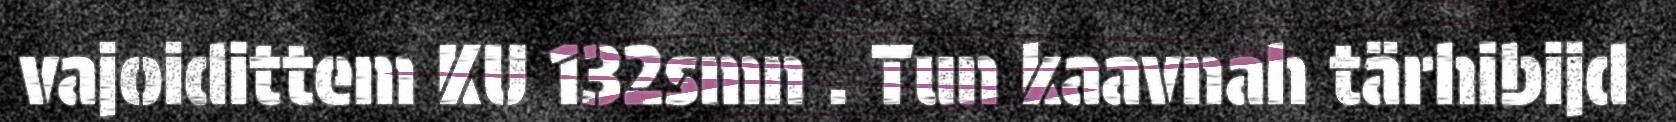
vajoidittem KU 132smn . Tun kaavnah tärhibijd